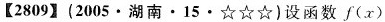
【2809】(2005·湖南·15·☆☆☆)设函数f(x)